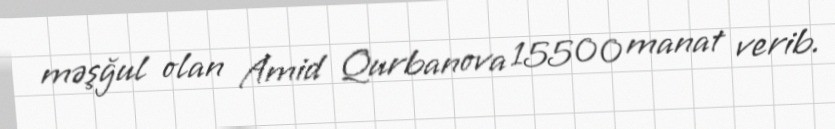
məşğul olan Amid Qurbanova 15500 manat verib.